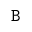
\mathtt { B }